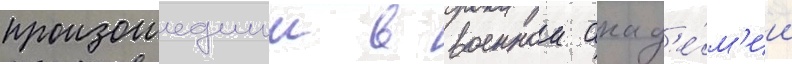
произошедшии в военнои акад'е́м'ии